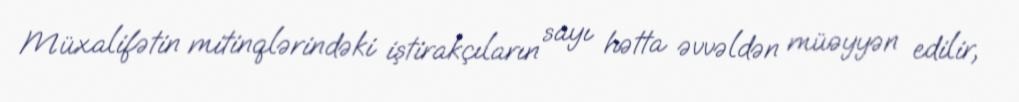
Müxalifətin mitinqlərindəki iştirakçıların sayı hətta əvvəldən müəyyən edilir,